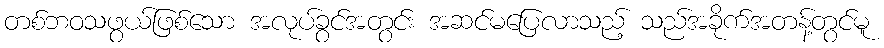
တစ်ဘဝသဖွယ်ဖြစ်သော အလုပ်ခွင်အတွင်း အဆင်မပြေလာသည့် သည်အခိုက်အတန့်တွင်မူ